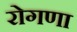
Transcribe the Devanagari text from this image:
रोगणा